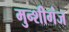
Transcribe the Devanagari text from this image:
मुन्शीगंज